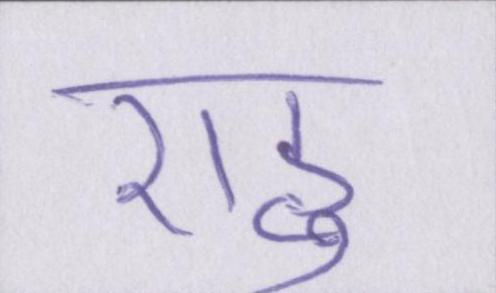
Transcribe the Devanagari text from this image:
राहु